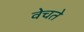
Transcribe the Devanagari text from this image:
वेचते